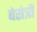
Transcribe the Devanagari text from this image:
बेसेत्री